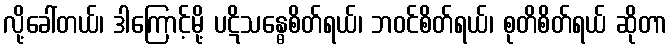
လို့ခေါ်တယ်၊ ဒါကြောင့်မို့ ပဋိသန္ဓေစိတ်ရယ်၊ ဘဝင်စိတ်ရယ်၊ စုတိစိတ်ရယ် ဆိုတာ